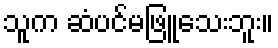
သူက ဆံပင်မဖြူသေးဘူး။